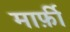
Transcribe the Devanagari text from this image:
मार्फ़ी